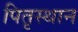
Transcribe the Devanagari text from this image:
पितृस्थान